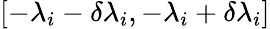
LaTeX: [-\lambda_{i}-\delta\lambda_{i},-\lambda_{i}+\delta\lambda_{i}]